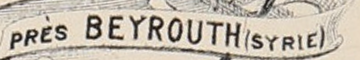
PRES BEYROUTH (SYRIC)